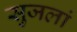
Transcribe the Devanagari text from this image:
सुजलां